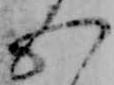
五